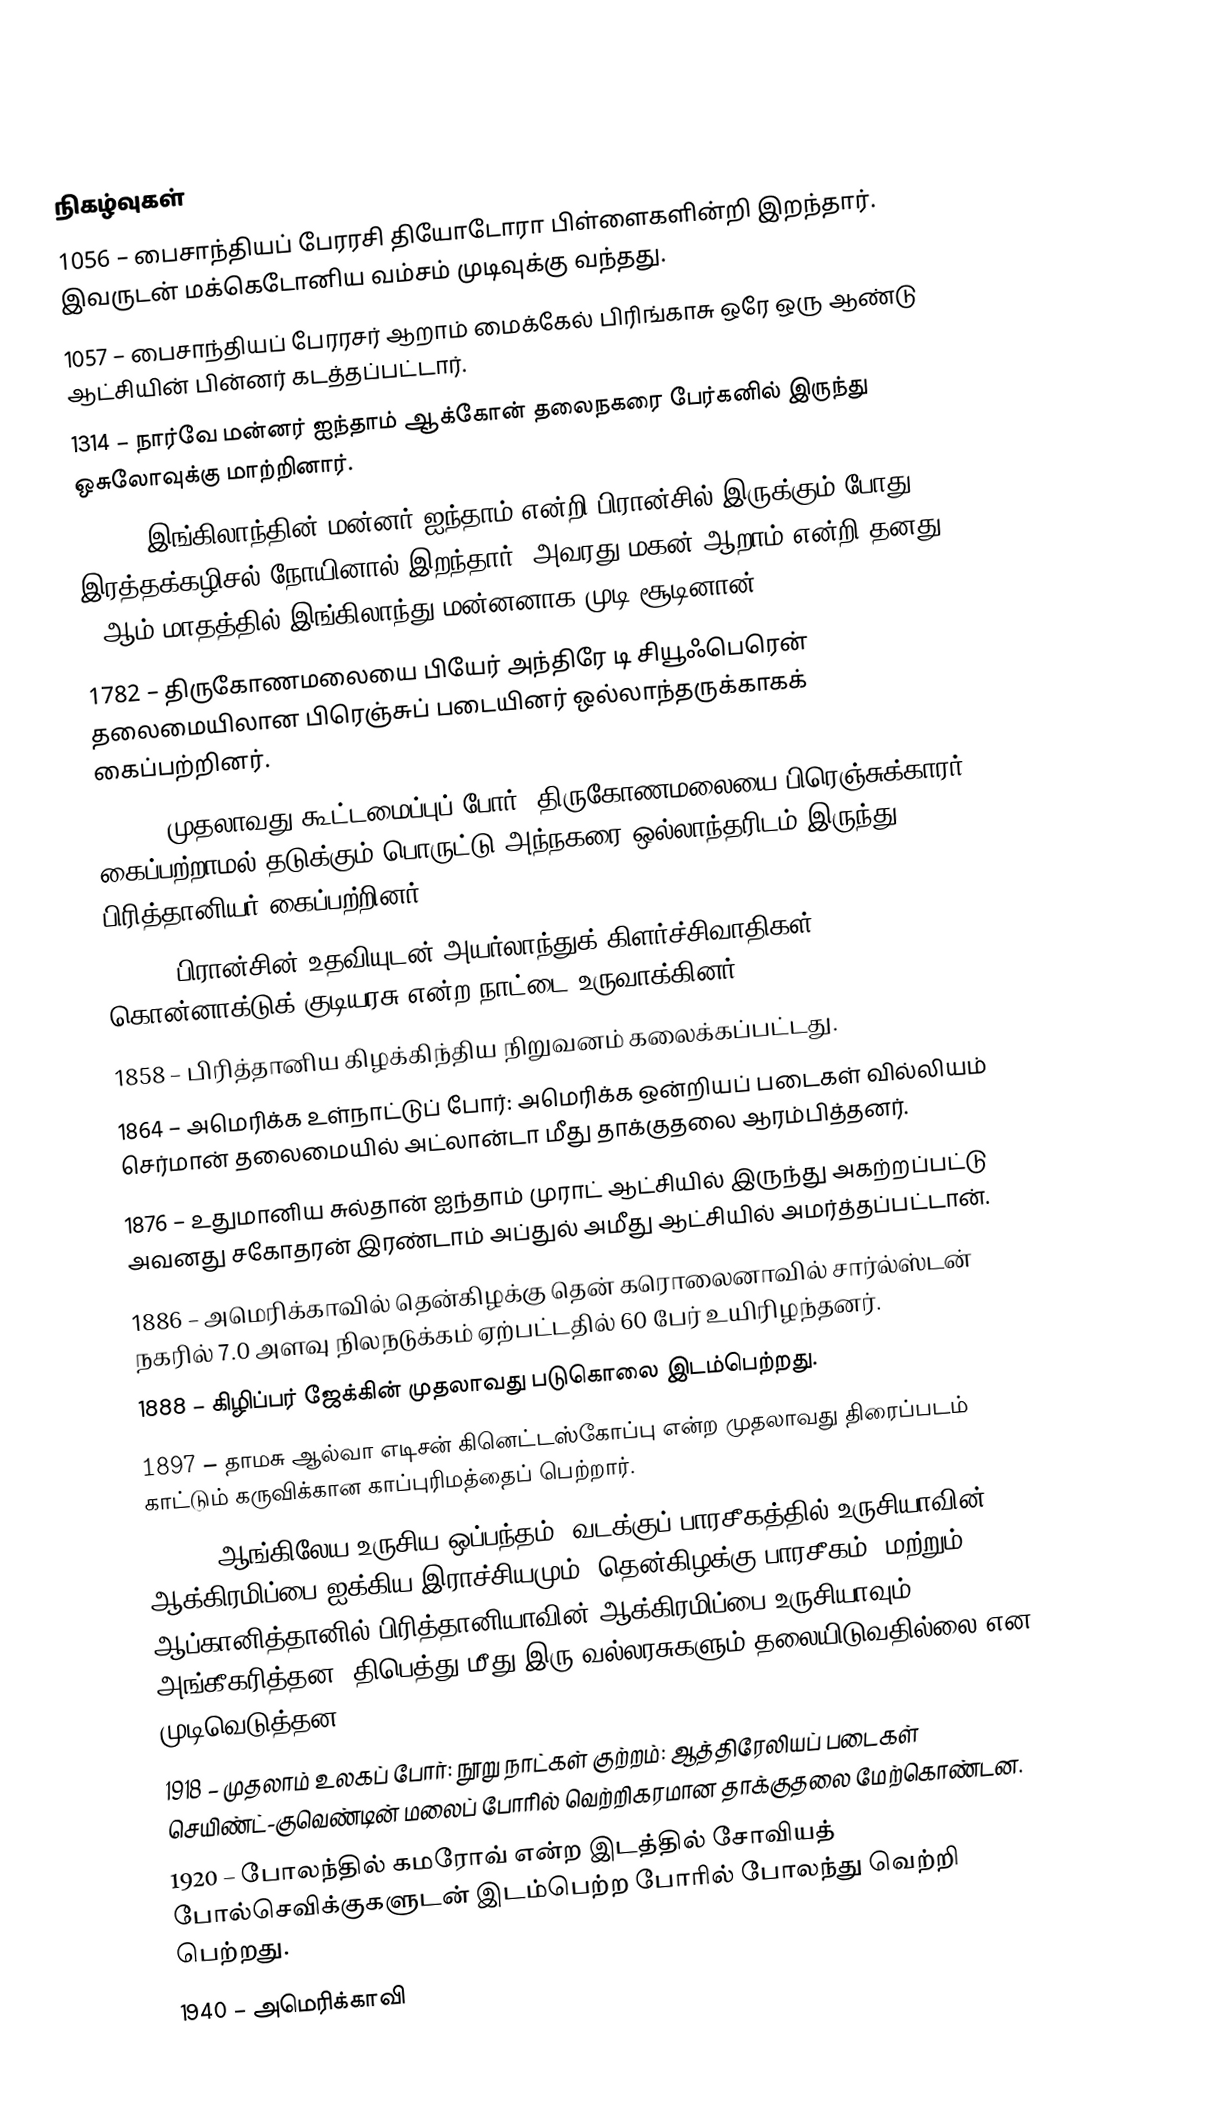

நிகழ்வுகள்
1056 – பைசாந்தியப் பேரரசி தியோடோரா பிள்ளைகளின்றி இறந்தார். இவருடன் மக்கெடோனிய வம்சம் முடிவுக்கு வந்தது.
1057 – பைசாந்தியப் பேரரசர் ஆறாம் மைக்கேல் பிரிங்காசு ஒரே ஒரு ஆண்டு ஆட்சியின் பின்னர் கடத்தப்பட்டார்.
1314 – நார்வே மன்னர் ஐந்தாம் ஆக்கோன் தலைநகரை பேர்கனில் இருந்து ஒசுலோவுக்கு மாற்றினார்.
1422 – இங்கிலாந்தின் மன்னர் ஐந்தாம் என்றி பிரான்சில் இருக்கும் போது இரத்தக்கழிசல் நோயினால் இறந்தார். அவரது மகன் ஆறாம் என்றி தனது 9-ஆம் மாதத்தில் இங்கிலாந்து மன்னனாக முடி சூடினான்.
1782 – திருகோணமலையை பியேர் அந்திரே டி சியூஃபெரென் தலைமையிலான பிரெஞ்சுப் படையினர் ஒல்லாந்தருக்காகக் கைப்பற்றினர்.
1795 – முதலாவது கூட்டமைப்புப் போர்: திருகோணமலையை பிரெஞ்சுக்காரர் கைப்பற்றாமல் தடுக்கும் பொருட்டு அந்நகரை ஒல்லாந்தரிடம் இருந்து பிரித்தானியர் கைப்பற்றினர்.
1798 – பிரான்சின் உதவியுடன் அயர்லாந்துக் கிளர்ச்சிவாதிகள் கொன்னாக்டுக் குடியரசு என்ற நாட்டை உருவாக்கினர்.
1858 – பிரித்தானிய கிழக்கிந்திய நிறுவனம் கலைக்கப்பட்டது.
1864 – அமெரிக்க உள்நாட்டுப் போர்: அமெரிக்க ஒன்றியப் படைகள் வில்லியம் செர்மான் தலைமையில் அட்லான்டா மீது தாக்குதலை ஆரம்பித்தனர்.
1876 – உதுமானிய சுல்தான் ஐந்தாம் முராட் ஆட்சியில் இருந்து அகற்றப்பட்டு அவனது சகோதரன் இரண்டாம் அப்துல் அமீது ஆட்சியில் அமர்த்தப்பட்டான்.
1886 – அமெரிக்காவில் தென்கிழக்கு தென் கரொலைனாவில் சார்ல்ஸ்டன் நகரில் 7.0 அளவு நிலநடுக்கம் ஏற்பட்டதில் 60 பேர் உயிரிழந்தனர்.
1888 – கிழிப்பர் ஜேக்கின் முதலாவது படுகொலை இடம்பெற்றது.
1897 – தாமசு ஆல்வா எடிசன் கினெட்டஸ்கோப்பு என்ற முதலாவது திரைப்படம் காட்டும் கருவிக்கான காப்புரிமத்தைப் பெற்றார்.
1907 – ஆங்கிலேய-உருசிய ஒப்பந்தம்: வடக்குப் பாரசீகத்தில் உருசியாவின் ஆக்கிரமிப்பை ஐக்கிய இராச்சியமும், தென்கிழக்கு பாரசீகம், மற்றும் ஆப்கானித்தானில் பிரித்தானியாவின் ஆக்கிரமிப்பை உருசியாவும் அங்கீகரித்தன. திபெத்து மீது இரு வல்லரசுகளும் தலையிடுவதில்லை என முடிவெடுத்தன.
1918 – முதலாம் உலகப் போர்: நூறு நாட்கள் குற்றம்: ஆத்திரேலியப் படைகள் செயிண்ட்-குவெண்டின் மலைப் போரில் வெற்றிகரமான தாக்குதலை மேற்கொண்டன.
1920 – போலந்தில் கமரோவ் என்ற இடத்தில் சோவியத் போல்செவிக்குகளுடன் இடம்பெற்ற போரில் போலந்து வெற்றி பெற்றது.
1940 – அமெரிக்காவி